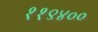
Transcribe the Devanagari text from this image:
११९४००